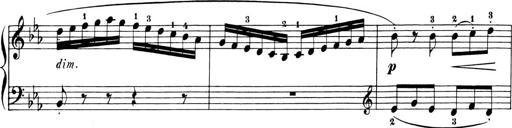
Title: 6 Piano Sonatinas
Composer: Cornelius Gurlitt